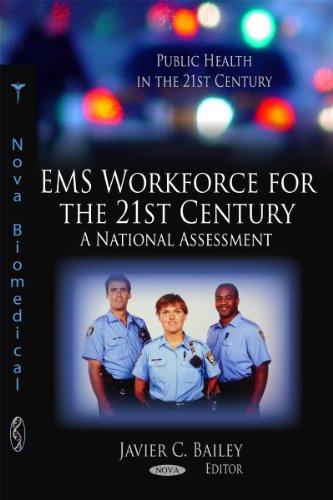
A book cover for EMS Workforce for the 21st Century: A National Assessment (Public Health in the 21st Century); Medical Books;